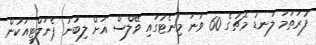
ފުރަތަމަ ލަނޑު މެޗުގެ 60 ވަނަ މިނެޓުގައި ވޭލްސް އަށް ލިބުނު ޕެނަލްޓީއަކުން